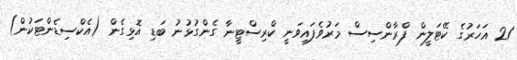
21 އަހަރުގެ ކޭޓަލީން ފްރާންސިސް މަރުވެފައިވަނީ ކްރިސްޓީނާ ގެންގުޅުނު ބަޑި އޮޅިގެން (އެކްސިޑެންޓަކުން)